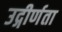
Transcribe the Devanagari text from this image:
उद्गीर्णता